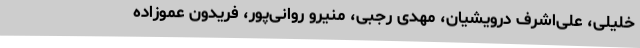
خلیلی، علی‌اشرف درویشیان، مهدی رجبی، منیرو روانی‌پور، فریدون عموزاده